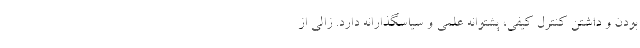
بودن و داشتن کنترل کیفی، پشتوانه علمی و سیاسگذارانه دارد. زالی از